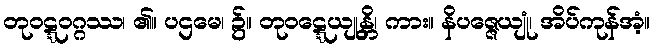
တုဝဋ္ဋဝဂ္ဂဿ၊ ၏။ ပဌမေ၊ ၌။ တုဝဋ္ဋေယျုန္တိ၊ ကား။ နိပဇ္ဇေယျုံ၊ အိပ်ကုန်အံ့။